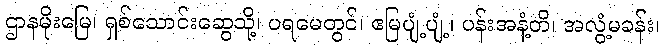
ဌာနမိုးမြေ၊ ရှစ်သောင်းဆွေသို့၊ ပရမေတွင်၊ ဧမြပျံ့ပျံ့၊ ပန်းအနံ့တိ၊ အလွံ့မခန်း၊